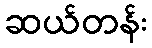
ဆယ်တန်း